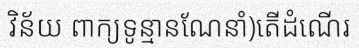
វិន័យ ពាក្យទូន្មានណែនាំ)តើដំណើរ